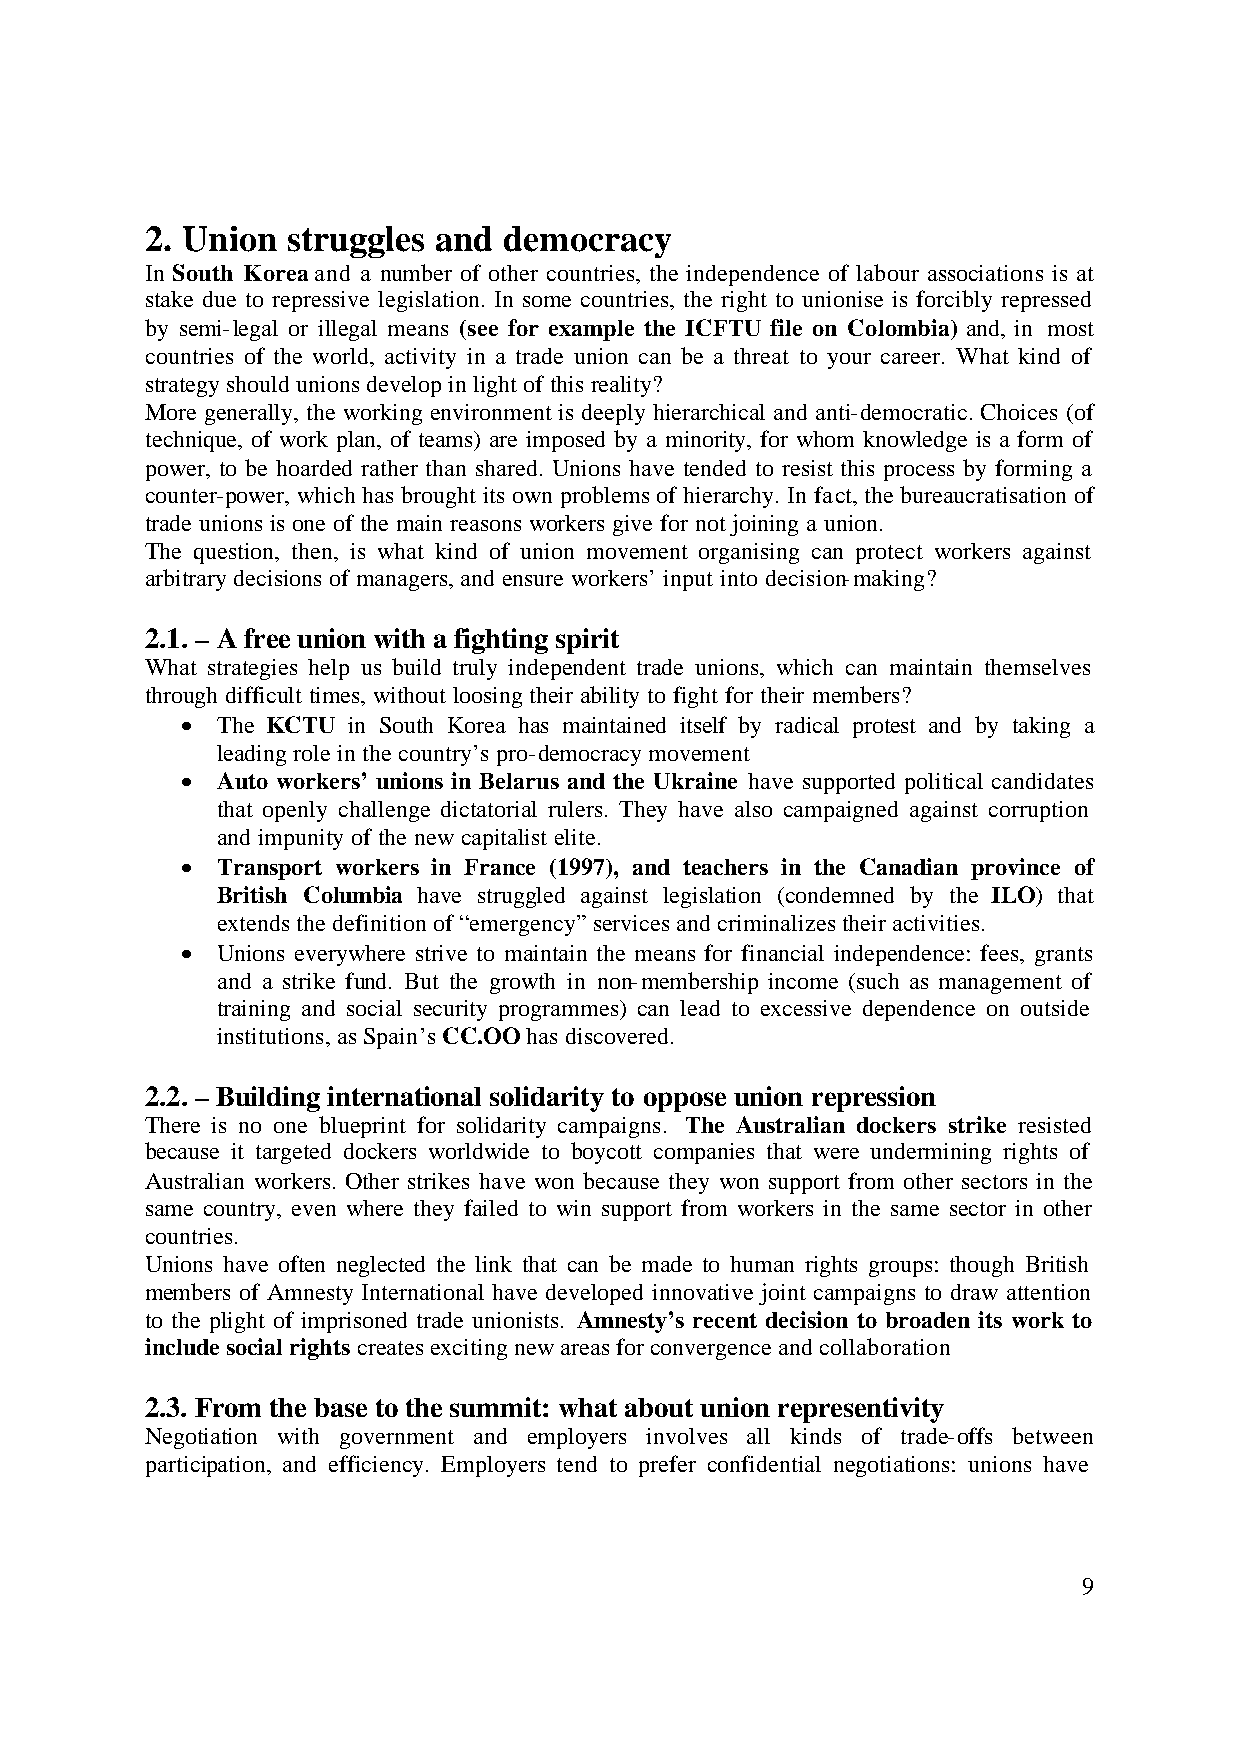
2. Union struggles and democracy
 In South Korea and a number of other countries, the independence of labour associations is at
 stake due to repressive legislation. In some countries, the right to unionise is forcibly repressed
 by semi-legal or illegal means (see for example the ICFTU file on Colombia) and, in most
 countries of the world, activity in a trade union can be a threat to your career. What kind of
 strategy should unions develop in light of this reality?
 More generally, the working environment is deeply hierarchical and anti-democratic. Choices (of
 technique, of work plan, of teams) are imposed by a minority, for whom knowledge is a form of
 power, to be hoarded rather than shared. Unions have tended to resist this process by forming a
 counter-power, which has brought its own problems of hierarchy. In fact, the bureaucratisation of
 trade unions is one of the main reasons workers give for not joining a union.
 The question, then, is what kind of union movement organising can protect workers against
 arbitrary decisions of managers, and ensure workers’ input into decision-making?
 2.1. – A free union with a fighting spirit
 What strategies help us build truly independent trade unions, which can maintain themselves
 through difficult times, without loosing their ability to fight for their members?
 • The KCTU in South Korea has maintained itself by radical protest and by taking a
 leading role in the country’s pro-democracy movement
 • Auto workers’ unions in Belarus and the Ukraine have supported political candidates
 that openly challenge dictatorial rulers. They have also campaigned against corruption
 and impunity of the new capitalist elite.
 • Transport workers in France (1997), and teachers in the Canadian province of
 British Columbia have struggled against legislation (condemned by the ILO) that
 extends the definition of “emergency” services and criminalizes their activities.
 • Unions everywhere strive to maintain the means for financial independence: fees, grants
 and a strike fund. But the growth in non-membership income (such as management of
 training and social security programmes) can lead to excessive dependence on outside
 institutions, as Spain’s CC.OO has discovered.
 2.2. – Building international solidarity to oppose union repression
 There is no one blueprint for solidarity campaigns. The Australian dockers strike resisted
 because it targeted dockers worldwide to boycott companies that were undermining rights of
 Australian workers. Other strikes have won because they won support from other sectors in the
 same country, even where they failed to win support from workers in the same sector in other
 countries.
 Unions have often neglected the link that can be made to human rights groups: though British
 members of Amnesty International have developed innovative joint campaigns to draw attention
 to the plight of imprisoned trade unionists. Amnesty’s recent decision to broaden its work to
 include social rights creates exciting new areas for convergence and collaboration
 2.3. From the base to the summit: what about union representivity
 Negotiation with government and employers involves all kinds of trade-offs between
 participation, and efficiency. Employers tend to prefer confidential negotiations: unions have
 9